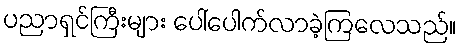
ပညာရှင်ကြီးများ ပေါ်ပေါက်လာခဲ့ကြလေသည်။